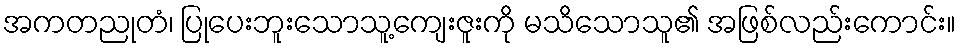
အကတညုတံ၊ ပြုပေးဘူးသောသူ့ကျေးဇူးကို မသိသောသူ၏ အဖြစ်လည်းကောင်း။